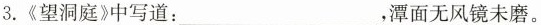
3.《望洞庭》中写道：___，潭面无风镜未磨。